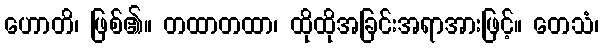
ဟောတိ၊ ဖြစ်၏။ တထာတထာ၊ ထိုထိုအခြင်းအရာအားဖြင့်။ တေသံ၊